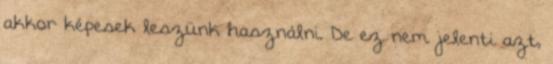
akkor képesek leszünk használni. De ez nem jelenti azt,